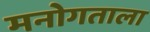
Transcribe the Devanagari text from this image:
मनोगताला